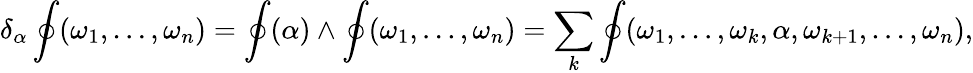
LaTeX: \delta_{\alpha}\oint(\omega_{1},\ldots,\omega_{n})=\oint(\alpha)\wedge\oint(\omega_{1},\ldots,\omega_{n})=\sum_{k}\oint(\omega_{1},\ldots,\omega_{k},\alpha,\omega_{k+1},\ldots,\omega_{n}),